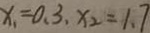
x _ { 1 } = 0 . 3 , x _ { 2 } = 1 . 7